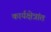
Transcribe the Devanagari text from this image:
कार्यक्षेत्रांत